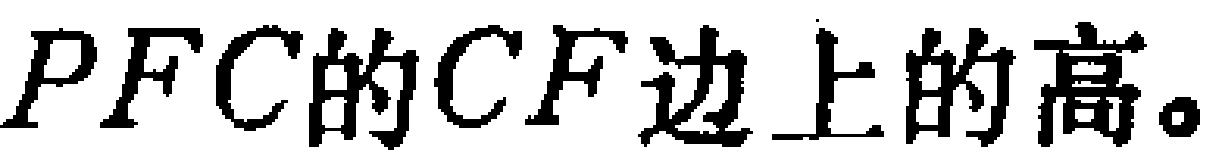
$PFC的CF边上的高。$